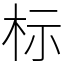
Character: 标